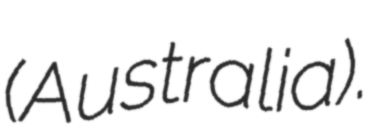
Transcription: (Australia).